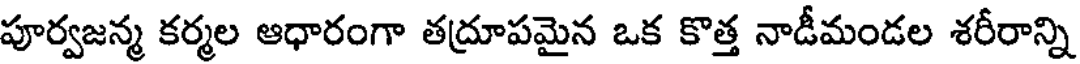
పూర్వజన్మ కర్మల ఆధారంగా తద్రూపమైన ఒక కొత్త నాడీమండల శరీరాన్ని